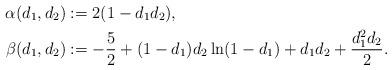
LaTeX: \begin{align*} \alpha(d_1,d_2) &:= 2 (1 - d_1 d_2), \\ \beta(d_1,d_2) &:= - \frac 52 + (1 - d_1) d_2 \ln (1 - d_1) + d_1 d_2 + \frac{d_1^2 d_2}2. \end{align*}